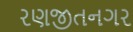
રણજીતનગર